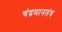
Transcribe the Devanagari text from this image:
चंद्रमानतंत्र